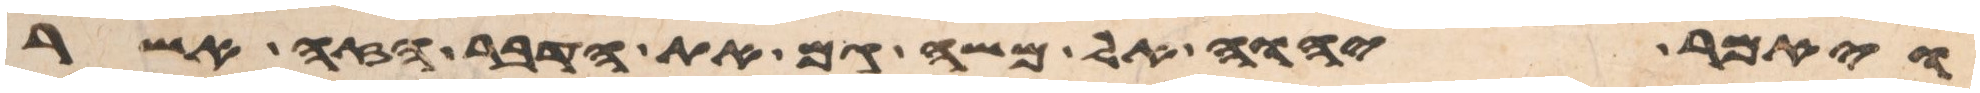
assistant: ויאמר יהוה אל משה גם את הדבר הזה אשר